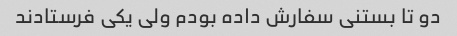
دو تا بستنی سفارش داده بودم ولی یکی فرستادند